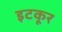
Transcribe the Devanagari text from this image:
इटकूर